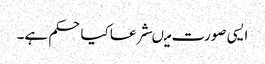
ایسی صورت میںشرعاکیاحکم ہے۔